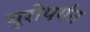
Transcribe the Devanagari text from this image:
युरोपर्यंत